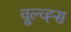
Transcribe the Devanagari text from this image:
वूल्व्ह्स